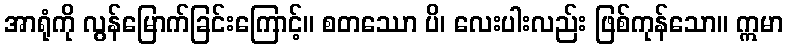
အာရုံကို လွန်မြောက်ခြင်းကြောင့်။ စတဿော ပိ၊ လေးပါးလည်း ဖြစ်ကုန်သော။ ဣမာ